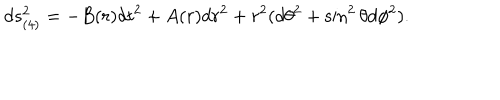
d s _ { ( 4 ) } ^ { 2 } = - B ( r ) d t ^ { 2 } + A ( r ) d r ^ { 2 } + r ^ { 2 } ( d \theta ^ { 2 } + \sin ^ { 2 } \theta d \phi ^ { 2 } ) .